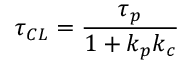
\tau _ { C L } = { \frac { \tau _ { p } } { 1 + k _ { p } k _ { c } } }